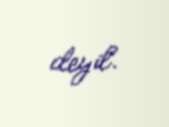
deyil.